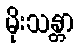
မိုးသန္တာ